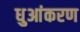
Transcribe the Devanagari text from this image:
धुआंकरण